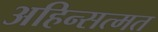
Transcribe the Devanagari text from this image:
अहिन्सत्मत